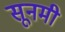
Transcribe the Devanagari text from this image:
सूनमी